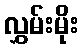
လွှမ်းမိုး